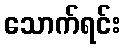
သောက်ရင်း